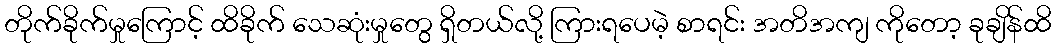
တိုက်ခိုက်မှုကြောင့် ထိခိုက် သေဆုံးမှုတွေ ရှိတယ်လို့ ကြားရပေမဲ့ စာရင်း အတိအကျ ကိုတော့ ခုချိန်ထိ